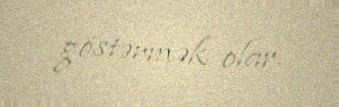
göstərmək olar.